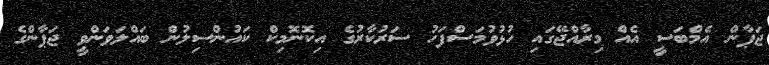
ޖަޕާން އެމްބަސީ އެއް މިރާއްޖޭގައި ހުޅުވުމަސްފަހު ސަރުކާރުގެ އިކޮނޮމިކް ކައުންސިލުން ބައްލަވަންވީ ޖަަޕާންގެ